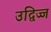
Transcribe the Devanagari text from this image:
उद्विज्ज